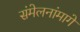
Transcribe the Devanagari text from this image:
संमेलनांमागे